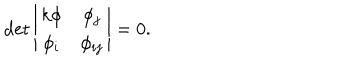
\det \left| \begin{array} { c c } { { k \phi } } & { { \phi _ { j } } } \\ { { \phi _ { i } } } & { { \phi _ { i j } } } \\ \end{array} \right| = 0 .